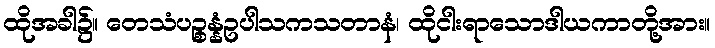
ထိုအခါ၌။ တေသံပဉ္စန္နံဥပါသကသတာနံ၊ ထိုငါးရာသောဒါယကာတို့အား။